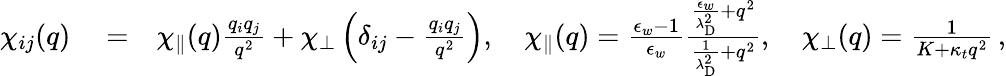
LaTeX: \begin{array}{rlr}{\chi_{ij}(q)}&{{}=}&{\chi_{\parallel}(q)\frac{q_{i}q_{j}}{q^{2}}+\chi_{\perp}\left(\delta_{ij}-\frac{q_{i}q_{j}}{q^{2}}\right),\quad\chi_{\parallel}(q)=\frac{\epsilon_{w}-1}{\epsilon_{w}}\frac{\frac{\epsilon_{w}}{\lambda_{\mathrm{D}}^{2}}+q^{2}}{\frac{1}{\lambda_{\mathrm{D}}^{2}}+q^{2}},\quad\chi_{\perp}(q)=\frac{1}{K+\kappa_{t}q^{2}}\, ,}\end{array}